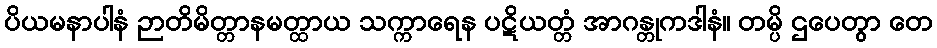
ပိယမနာပါနံ ဉာတိမိတ္တာနမတ္ထာယ သက္ကာရေန ပဋိယတ္တံ အာဂန္တုကဒါနံ။ တမ္ပိ ဌပေတွာ တေ